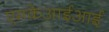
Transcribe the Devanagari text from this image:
एमकेआईआई